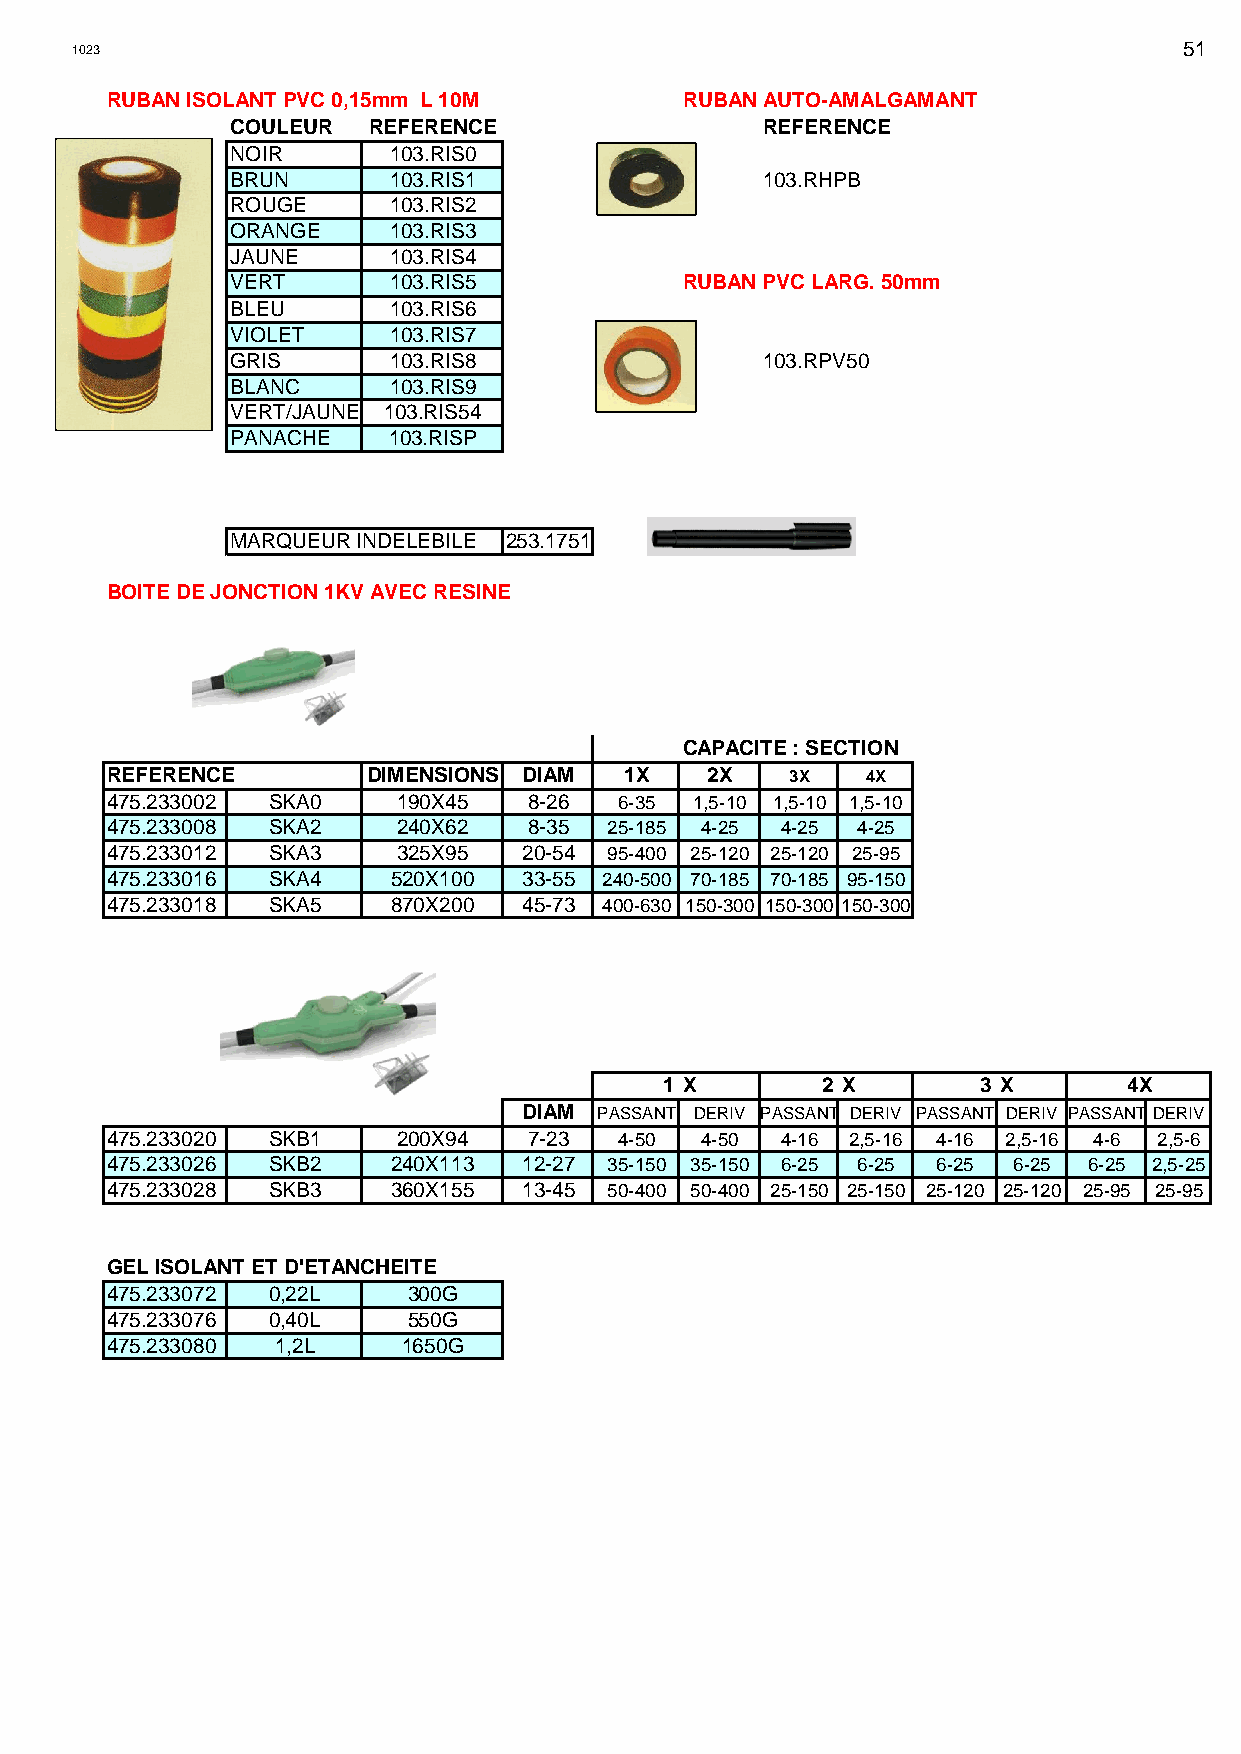
1023                                                                     51
 RUBAN ISOLANT PVC 0,15mm L 10M        RUBAN AUTO-AMALGAMANT
 COULEUR  REFERENCE                 REFERENCE
 NOIR       103.RIS0
 BRUN       103.RIS1                103.RHPB
 ROUGE      103.RIS2
 ORANGE     103.RIS3
 JAUNE      103.RIS4
 VERT       103.RIS5           RUBAN PVC LARG. 50mm
 BLEU       103.RIS6
 VIOLET     103.RIS7
 GRIS       103.RIS8                103.RPV50
 BLANC      103.RIS9
 VERT/JAUNE 103.RIS54
 PANACHE    103.RISP
 MARQUEUR INDELEBILE 253.1751
 BOITE DE JONCTION 1KV AVEC RESINE
 CAPACITE : SECTION
 REFERENCE        DIMENSIONS DIAM  1X    2X   3X   4X
 475.233002 SKA0    190X45   8-26  6-35 1,5-10 1,5-10 1,5-10
 475.233008 SKA2    240X62   8-35 25-185 4-25 4-25 4-25
 475.233012 SKA3    325X95   20-54 95-400 25-120 25-120 25-95
 475.233016 SKA4    520X100  33-55 240-500 70-185 70-185 95-150
 475.233018 SKA5    870X200  45-73 400-630 150-300 150-300 150-300
 1 X       2 X        3 X       4X
 DIAM PASSANT DERIV PASSANT DERIV PASSANT DERIV PASSANT DERIV
 475.233020 SKB1    200X94   7-23  4-50 4-50  4-16 2,5-16 4-16 2,5-16 4-6 2,5-6
 475.233026 SKB2    240X113  12-27 35-150 35-150 6-25 6-25 6-25 6-25 6-25 2,5-25
 475.233028 SKB3    360X155  13-45 50-400 50-400 25-150 25-150 25-120 25-120 25-95 25-95
 GEL ISOLANT ET D'ETANCHEITE
 475.233072 0,22L    300G
 475.233076 0,40L    550G
 475.233080 1,2L     1650G